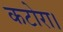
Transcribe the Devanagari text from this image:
कटोरा।